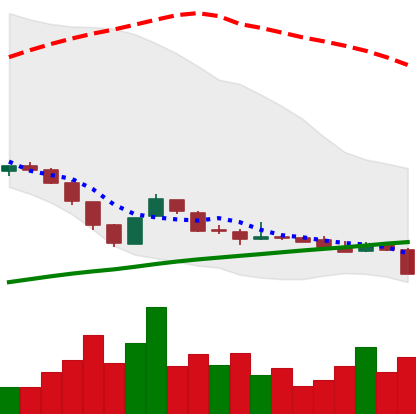
Ticker: DOGE-USD
Chart end date: 2018-11-08
Forward return: -12.973%
Label: down_7plus